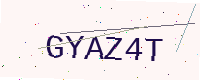
Text: GYAZ4T